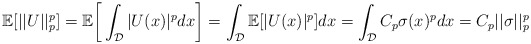
\begin{align*} \mathbb{E}[||U||_p^p] = \mathbb{E}\bigg[\int_{\mathcal{D}}|U(x)|^pdx\bigg] = \int_{\mathcal{D}}\mathbb{E}[|U(x)|^p]dx = \int_{\mathcal{D}}C_p\sigma(x)^pdx = C_p||\sigma||_p^p\end{align*}